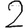
Digit: 2